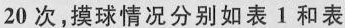
20次，摸球情况分别如表1和表